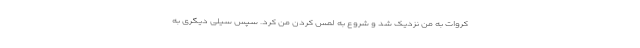
کروات به من نزدیک شد و شروع به لمس کردن من کرد. سپس سیلی دیگری به